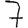
Digit: 7